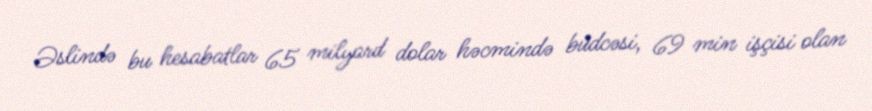
Əslində bu hesabatlar 65 milyard dolar həcmində büdcəsi, 69 min işçisi olan